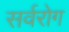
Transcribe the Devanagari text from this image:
सर्वरोग